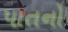
પાતનો